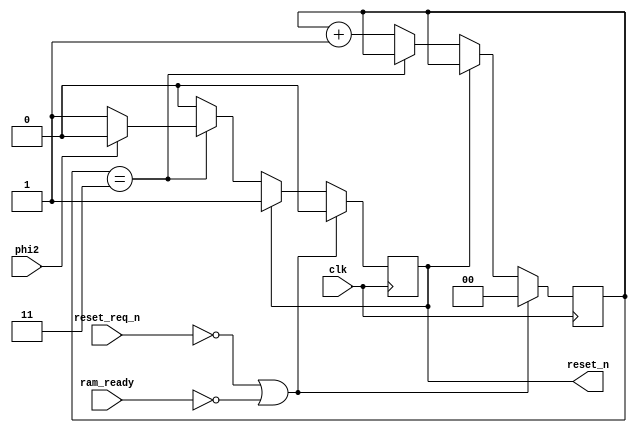
//
// Copyright 2023 Craig Courtney
//
// Redistribution and use in source and binary forms, with or without
// modification, are permitted provided that the following conditions are met:
//
// 1. Redistributions of source code must retain the above copyright notice,
//    this list of conditions and the following disclaimer.
//
// 2. Redistributions in binary form must reproduce the above copyright notice,
//    this list of conditions and the following disclaimer in the documentation
//    and/or other materials provided with the distribution.
//
// 3. Neither the name of the copyright holder nor the names of its contributors
//    may be used to endorse or promote products derived from this software
//    without specific prior written permission.
//
// THIS SOFTWARE IS PROVIDED BY THE COPYRIGHT HOLDERS AND CONTRIBUTORS AS IS
// AND ANY EXPRESS OR IMPLIED WARRANTIES, INCLUDING, BUT NOT LIMITED TO, THE
// IMPLIED WARRANTIES OF MERCHANTABILITY AND FITNESS FOR A PARTICULAR PURPOSE
// ARE DISCLAIMED. IN NO EVENT SHALL THE COPYRIGHT HOLDER OR CONTRIBUTORS BE
// LIABLE FOR ANY DIRECT, INDIRECT, INCIDENTAL, SPECIAL, EXEMPLARY, OR
// CONSEQUENTIAL DAMAGES (INCLUDING, BUT NOT LIMITED TO, PROCUREMENT OF
// SUBSTITUTE GOODS OR SERVICES; LOSS OF USE, DATA, OR PROFITS; OR BUSINESS
// INTERRUPTION) HOWEVER CAUSED AND ON ANY THEORY OF LIABILITY, WHETHER IN
// CONTRACT, STRICT LIABILITY, OR TORT (INCLUDING NEGLIGENCE OR OTHERWISE)
// ARISING IN ANY WAY OUT OF THE USE OF THIS SOFTWARE, EVEN IF ADVISED OF THE
// POSSIBILITY OF SUCH DAMAGE.

`timescale 1 ps / 1 ps

// Reset controller makes sure we keep the CPU in reset until
// all other systems are ready, and that we have a min number
// of clock cycles during a CPU reset.

module reset_controller (
	input  wire			clk,			// System Clock
	input  wire 		phi2,			// CPU Clock Signal
	output reg 			reset_n,		// CPU Reset Signal
	input  wire			ram_ready,		// Signals when RAM initialization is complete
	input  wire			reset_req_n		// Low transition
);

	initial reset_n = 1'b0;
	reg [1:0] reset_cycle_count = 2'b00; 

	always @(posedge clk) begin

		if (!reset_req_n || !ram_ready) begin
			
			reset_n <= 1'b0;
			reset_cycle_count <= 2'b00;

		end else if (!reset_n) begin

			if (reset_cycle_count == 2'b11) begin

				if (!phi2) begin
					reset_n <= 1'b1;
				end

			end else begin

				reset_cycle_count <= reset_cycle_count + 2'b01;

			end	
		end 
		
	end

endmodule